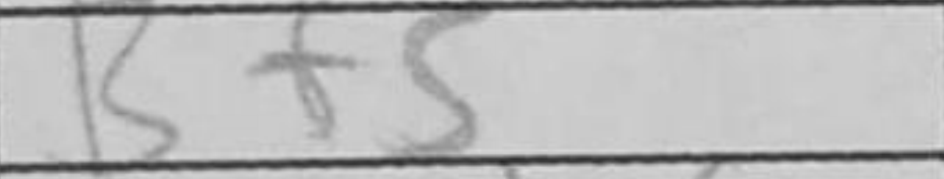
Transcription: Bf5